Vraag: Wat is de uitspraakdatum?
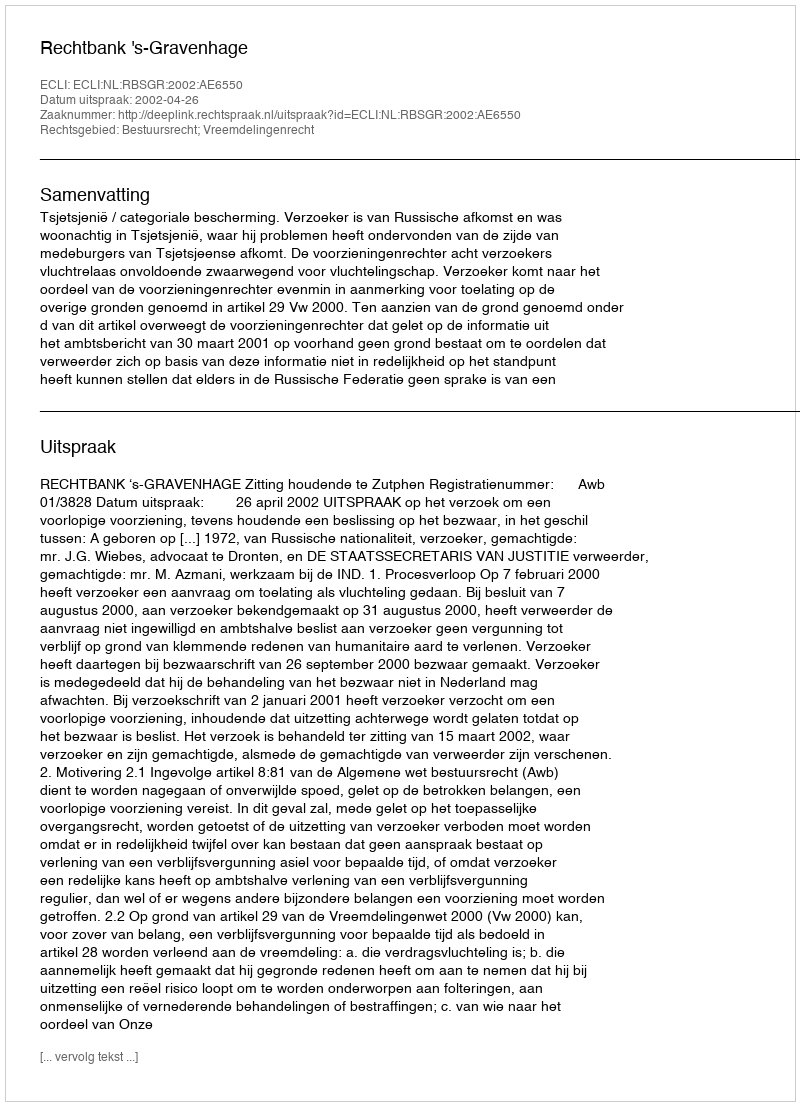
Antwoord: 2002-04-26